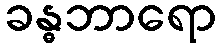
ခန္ဓဘာရော